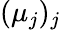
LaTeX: (\mu_{j})_{j}